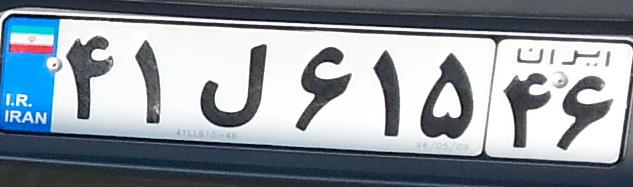
۴۱ل۶۱۵۴۶